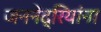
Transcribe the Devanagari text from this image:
जननेंद्रियांना